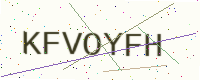
Text: KFVOYFH